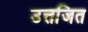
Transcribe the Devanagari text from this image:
उत्तजित